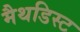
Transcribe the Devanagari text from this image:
मैथडिस्ट